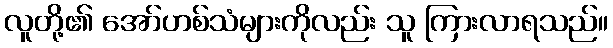
လူတို့၏ အော်ဟစ်သံများကိုလည်း သူ ကြားလာရသည်။